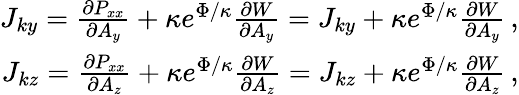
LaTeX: \begin{array}{r}{J_{ky}=\frac{\partial P_{xx}}{\partial A_{y}}+\kappa e^{\Phi/\kappa}\frac{\partial W}{\partial A_{y}}=J_{ky}+\kappa e^{\Phi/\kappa}\frac{\partial W}{\partial A_{y}}\, ,}\\ {J_{kz}=\frac{\partial P_{xx}}{\partial A_{z}}+\kappa e^{\Phi/\kappa}\frac{\partial W}{\partial A_{z}}=J_{kz}+\kappa e^{\Phi/\kappa}\frac{\partial W}{\partial A_{z}}\, ,}\end{array}